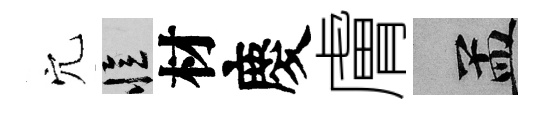
穴忆材慶膚汴